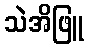
သဲအိဖြူ